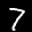
Label: 7